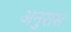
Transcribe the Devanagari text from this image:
अनुरास